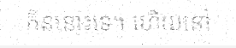
កិននោះទេ។ ហើយនៅ